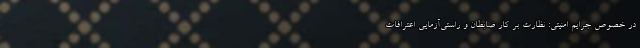
در خصوص جرایم امنیتی: نظارت بر کار ضابطان و راستی‌آزمایی اعترافات